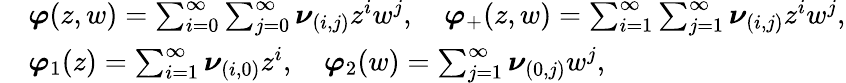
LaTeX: \begin{array}{rl}&{\boldsymbol{\varphi}(z,w)=\sum_{i=0}^{\infty}\sum_{j=0}^{\infty}\boldsymbol{\nu}_{(i,j)}z^{i}w^{j},\quad\boldsymbol{\varphi}_{+}(z,w)=\sum_{i=1}^{\infty}\sum_{j=1}^{\infty}\boldsymbol{\nu}_{(i,j)}z^{i}w^{j},}\\ &{\boldsymbol{\varphi}_{1}(z)=\sum_{i=1}^{\infty}\boldsymbol{\nu}_{(i,0)}z^{i},\quad\boldsymbol{\varphi}_{2}(w)=\sum_{j=1}^{\infty}\boldsymbol{\nu}_{(0,j)}w^{j},}\end{array}